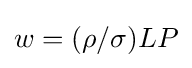
w=(\rho /\sigma )LP